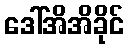
ဒေါ်အိအိခိုင်